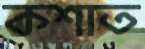
কশাত